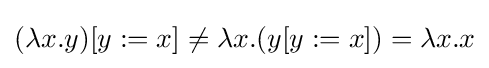
(\lambda x.y)[y:=x]\neq \lambda x.(y[y:=x])=\lambda x.x